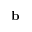
\mathbf { b }